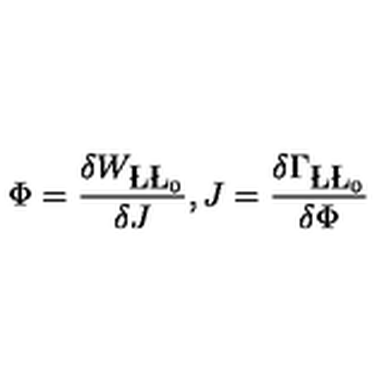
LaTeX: \Phi = \frac { \delta W _ { \L \L _ { 0 } } } { \delta J } , J = \frac { \delta \Gamma _ { \L \L _ { 0 } } } { \delta \Phi }